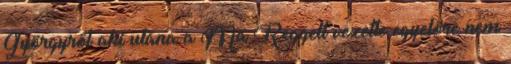
Györgyről aki utána a Ma Reggelt vezette egyelőre nem